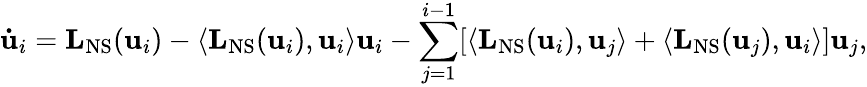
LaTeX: \mathbf{\dot{u}}_{i}=\mathbf{L}_{\mathrm{NS}}(\mathbf{u}_{i})-\langle\mathbf{L}_{\mathrm{NS}}(\mathbf{u}_{i}),\mathbf{u}_{i}\rangle\mathbf{u}_{i}-\sum_{j=1}^{i-1}[\langle\mathbf{L}_{\mathrm{NS}}(\mathbf{u}_{i}),\mathbf{u}_{j}\rangle+\langle\mathbf{L}_{\mathrm{NS}}(\mathbf{u}_{j}),\mathbf{u}_{i}\rangle]\mathbf{u}_{j},